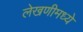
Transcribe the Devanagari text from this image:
लेखणीमध्ये